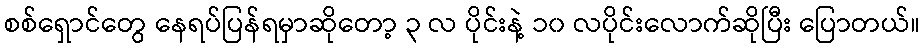
စစ်ရှောင်တွေ နေရပ်ပြန်ရမှာဆိုတော့ ၃ လ ပိုင်းနဲ့ ၁၀ လပိုင်းလောက်ဆိုပြီး ပြောတယ်။